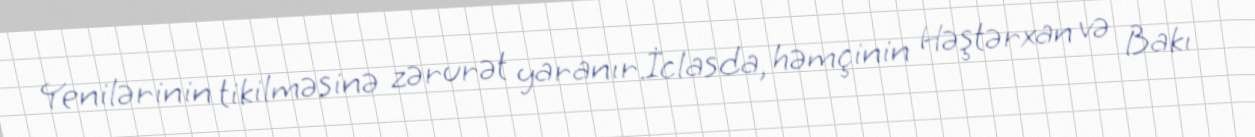
Yenilərinin tikilməsinə zərurət yaranır.İclasda, həmçinin Həştərxan və Bakı